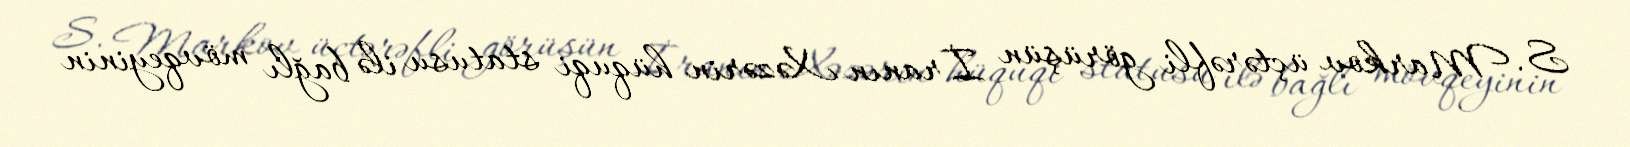
S. Markov üçtərəfli görüşün İranın Xəzərin hüquqi statusu ilə bağlı mövqeyinin